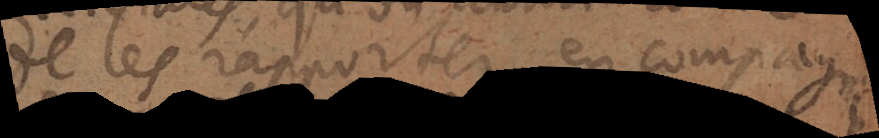
de les rapporter en compagnie.